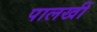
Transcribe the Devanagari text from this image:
पालखीं